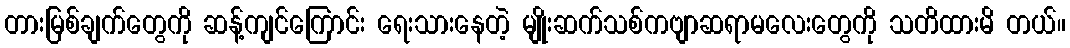
တားမြစ်ချက်တွေကို ဆန့်ကျင်ကြောင်း ရေးသားနေတဲ့ မျိုးဆက်သစ်ကဗျာဆရာမလေးတွေကို သတိထားမိ တယ်။